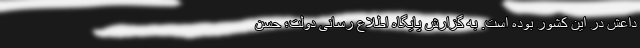
داعش در این کشور بوده است. به گزارش پایگاه اطلاع رسانی دولت؛ حسن